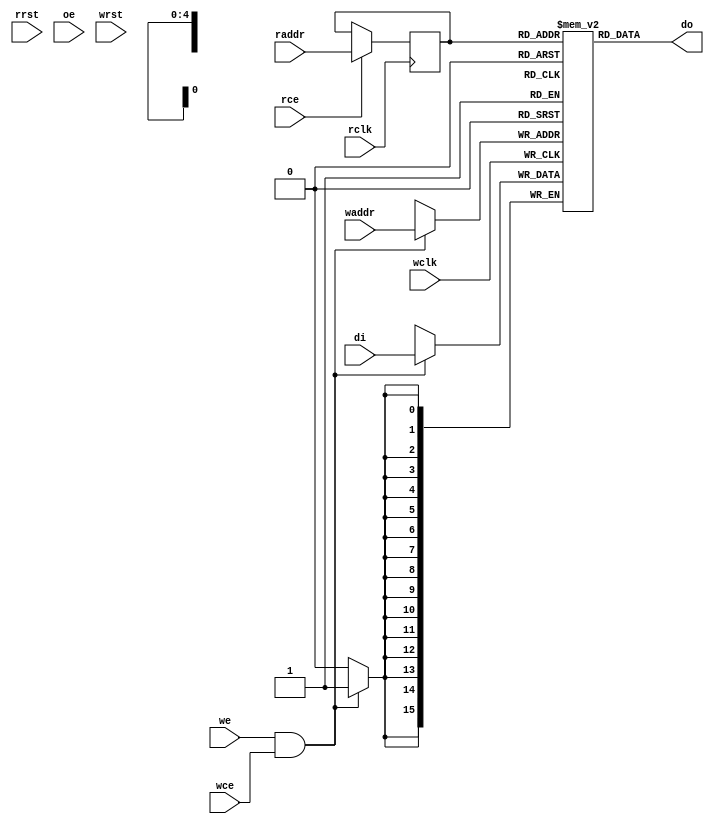
module generic_dpram(
	// Generic synchronous dual-port RAM interface
	rclk, rrst, rce, oe, raddr, do,
	wclk, wrst, wce, we, waddr, di
);
	// Default address and data buses width
	parameter aw = 5;  // number of bits in address-bus
	parameter dw = 16; // number of bits in data-bus
	// Generic synchronous double-port RAM interface
	// read port
	input           rclk;  // read clock, rising edge trigger
	input           rrst;  // read port reset, active high
	input           rce;   // read port chip enable, active high
	input           oe;	   // output enable, active high
	input  [aw-1:0] raddr; // read address
	output [dw-1:0] do;    // data output
	// write port
	input          wclk;  // write clock, rising edge trigger
	input          wrst;  // write port reset, active high
	input          wce;   // write port chip enable, active high
	input          we;    // write enable, active high
	input [aw-1:0] waddr; // write address
	input [dw-1:0] di;    // data input
	reg [dw-1:0] mem [(1<<aw) -1:0] /* synthesis syn_ramstyle="block_ram" */;
	reg [aw-1:0] ra;                // register read address

	// read operation
	always @(posedge rclk)
	  if (rce)
	    ra <= #1 raddr;

    assign do = mem[ra];

	// write operation
	always @(posedge wclk)
		if (we && wce)
			mem[waddr] <= #1 di;
endmodule